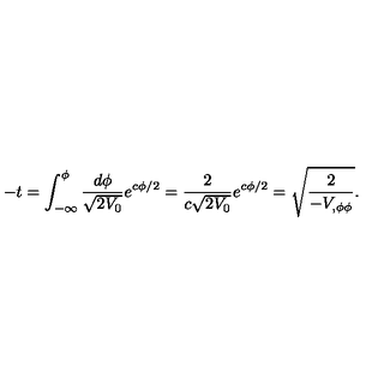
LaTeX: - t = \int _ { - \infty } ^ { \phi } { \frac { d \phi } { \sqrt { 2 V _ { 0 } } } } e ^ { c \phi / 2 } = { \frac { 2 } { c \sqrt { 2 V _ { 0 } } } } e ^ { c \phi / 2 } = \sqrt { \frac { 2 } { - V _ { , \phi \phi } } } .